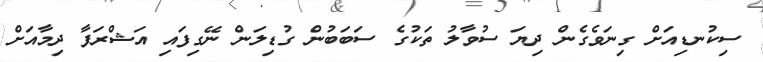
ސިކުނޑިއަށް ގިނަވެގެން ދިޔަ ސުވާލު ތަކުގެ ސަބަބުން ގުޑިލަން ނޭގިފައި އަޝްރަފާ ދިމާއަށް